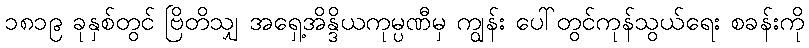
၁၈၁၉ ခုနှစ်တွင် ဗြိတိသျှ အရှေ့အိန္ဒိယကုမ္ပဏီမှ ကျွန်း ပေါ်တွင်ကုန်သွယ်ရေး စခန်းကို